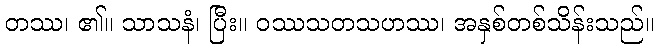
တဿ၊ ၏။ သာသနံ၊ ပြီး။ ဝဿသတသဟဿ၊ အနှစ်တစ်သိန်းသည်။